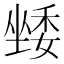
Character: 𭏯